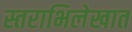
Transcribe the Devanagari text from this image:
स्तराभिलेखात